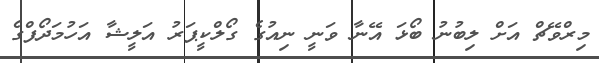
މިރްވޭޗް އަށް ލިބުނު ބޯޅަ އޭނާ ވަަނީ ނިއުގެ ގޯލްކީޕަރު އަލީޝާ އަހުމަދޯފްގެ